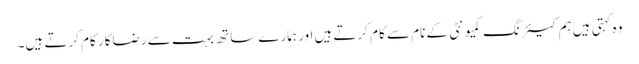
وہ کہتی ہیں ہم کیئرنگ کمیونٹی کے نام سے کام کرتے ہیں اور ہمارے ساتھ بہت سے رضاکار کام کرتے ہیں۔